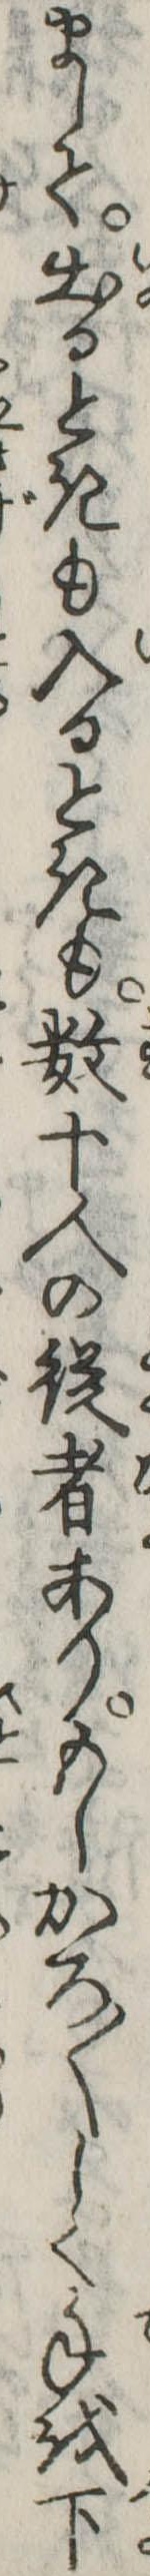
まして出るときも入るときも数十人の従者ありもしかろ〱しく手を下